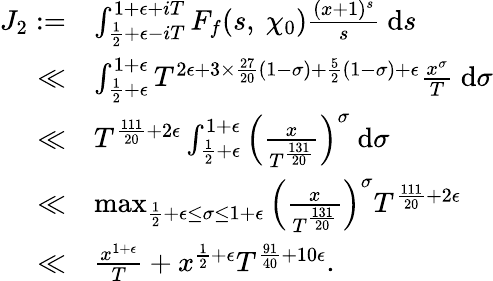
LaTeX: \begin{array}{rl}{J_{2}:=}&{\int_{\frac{1}{2}+\epsilon-iT}^{1+\epsilon+iT}F_{f}(s,\ \chi_{0})\frac{(x+1)^{s}}{s}\ \mathrm{d}s}\\ {\ll}&{\int_{\frac{1}{2}+\epsilon}^{1+\epsilon}T^{2\epsilon+3\times\frac{27}{20}(1-\sigma)+\frac{5}{2}(1-\sigma)+\epsilon}\frac{x^{\sigma}}{T}\ \mathrm{d}\sigma}\\ {\ll}&{T^{\frac{111}{20}+2\epsilon}\int_{\frac{1}{2}+\epsilon}^{1+\epsilon}\left(\frac{x}{T^{\frac{131}{20}}}\right)^{\sigma}\ \mathrm{d}\sigma}\\ {\ll}&{\operatorname*{max}_{\frac{1}{2}+\epsilon\leq\sigma\leq 1+\epsilon}\left(\frac{x}{T^{\frac{131}{20}}}\right)^{\sigma}T^{\frac{111}{20}+2\epsilon}}\\ {\ll}&{\frac{x^{1+\epsilon}}{T}+x^{\frac{1}{2}+\epsilon}T^{\frac{91}{40}+10\epsilon}.}\end{array}